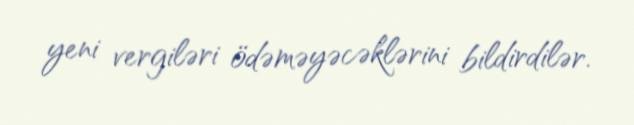
yeni vergiləri ödəməyəcəklərini bildirdilər.